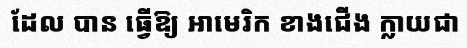
ដែល បាន ធ្វើឱ្យ អាមេរិក ខាងជើង ក្លាយជា